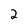
Character: 2